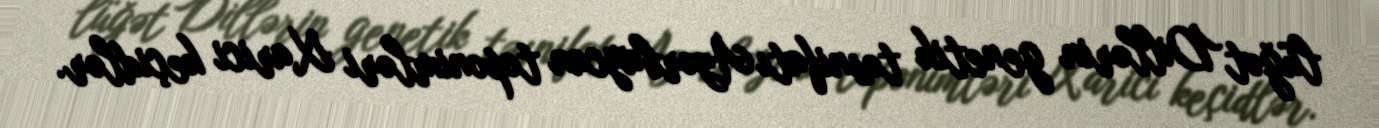
lüğət Dillərin genetik təsnifatı Azərbaycan toponimləri Xarici keçidlər.